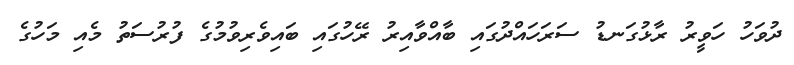
ދުވަހު ހަވީރު ރާޅުގަނޑު ސަރަހައްދުގައި ބާއްވާއިރު ރޭހުގައި ބައިވެރިވުމުގެ ފުރުސަތު މެއި މަހުގެ